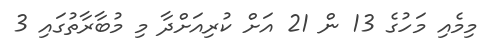
މިމެއި މަހުގެ 13 ން 21 އަށް ކުރިއަށްދާ މި މުބާރާތުގައި 3